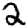
Digit: 2